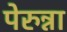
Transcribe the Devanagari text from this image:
पेरुन्ना